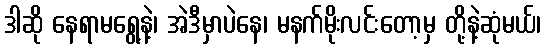
ဒါဆို နေရာမရွေ့နဲ့၊ အဲဒီမှာပဲနေ၊ မနက်မိုးလင်းတော့မှ တို့နဲ့ဆုံမယ်၊